Lock hospitals Punjab
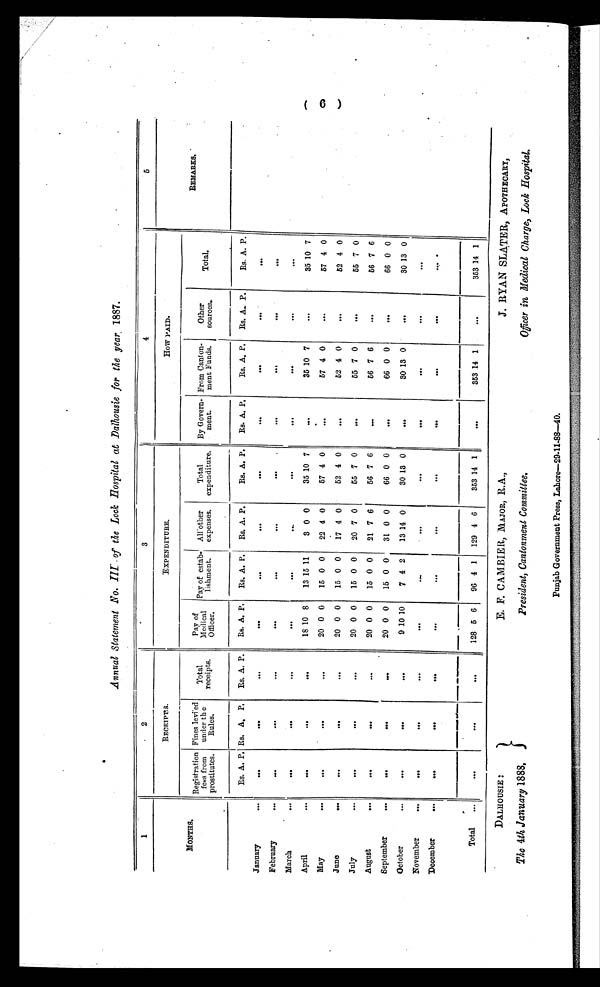
DALHOUSIE
The 4th January 1888.
E. F. CAMBIER, MAJOR, R.A.,
President, Cantonment Committee.
J. RYAN SLATER, APOTHECARY,
Officer in Medical Charge, Lock Hospital.
Annual Statement No. III of the Lock Hospital at Dalhousie for the year 1887.
1
2
3
4
5
MONTHS.
RECEIPTS.
EXPENDITURE.
How PAID.
REMARKS.
Registration
fees from
prostitutes.
Fines levied
under the
Rules.
Total
receipts.
Pay of
Medical
Officer.
Pay of estab-
lishment.
All-other
expenses.
Total
expenditure.
By Govern-
ment.
From Canton-
ment Funds.
Other
sources.
Total.
Rs. A. P. Rs. A. P. Rs. A. P. Rs. A. P. Rs. A. P. Rs. A. P.
Rs. A. P. Rs. A. P.
Rs. A. P. Rs. A. P.
Rs. A. A P.
January
...
. . .
. . .
...
. . .
. . .
...
. . .
. . .
. . .
. . .
. . .
February
...
. . .
. . .
. . .
. . .
. . .
. . .
. . .
. . .
. . .
. . .
. . .
March
...
. . .
. . .
. . .
. . .
. . .
. . .
. . .
. . .
. . .
. . .
. . .
April
. . .
. . .
...
. . .
18 10 8
13 15 11
3 0 0
35 10 7
. . .
35 10 7
. . .
35 10 7
May
...
. . .
. . .
. . .
20 0 0 15 0 0 22 4 0
57 4 0
. . .
57 4 0
...
57 4 0
June
. . .
. . .
. . .
. . .
20 0 0 15 0 0 17 4 0
52 4 0
...
52 4 0
...
52 4 0
July
. . .
. . .
. . .
. . .
20 0 0 15 0 0 20 7 0
55 7 0
. . .
55 7 0
. . .
55 7 0
August
. . .
. . .
. . .
. . .
20 0 0 15 0 0 21 7 6
56 7 6
...
56 7 6
. . .
56 7 6
September
. . .
. . .
. . .
. . .
20 0 0 15 0 0 31 0 0
66 0 0
. . .
66 0 0
. . .
66 0 0
October
...
. . .
. . .
. . .
9 10 10
7 4 2 13 14 0
30 13 0
. . .
30 13 0
. . .
30 13 0
November
. . .
. . .
. . .
. . .
. . .
...
...
. . .
. . .
. . .
. . .
. . .
December
. . .
. . .
. . .
. . .
. . .
. . .
. . .
. . .
. . .
. . .
. . .
. . .
Total . . .
. . .
. . .
. . .
128 5 6 96 4 1 129 4 6
353 14 1
. . .
353 14 1
. . .
353 1 4 1
(6). . . . . .
Punjab Government Press, Lahore—29-11-88—40.